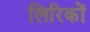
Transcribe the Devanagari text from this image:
लिरिकों